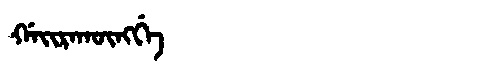
Manchu: ᡤᠠᡳᡵᠠᡴᡡᠩᡤᡝ
Romanization: GAIRAKŪNGGE